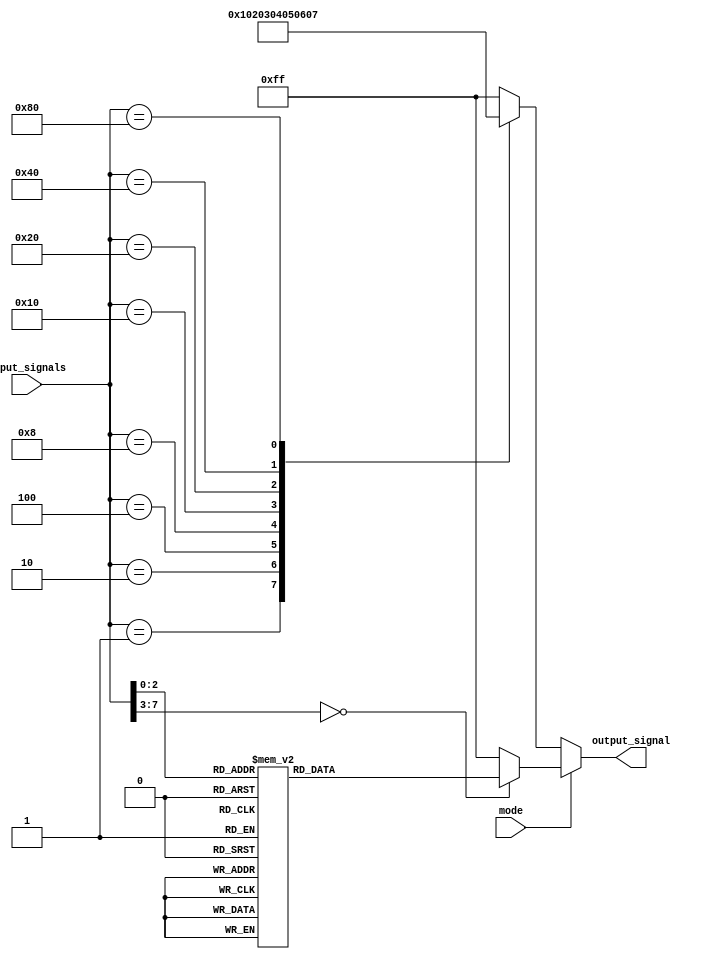
module Priority_Encoder_Decoder (
    input [7:0] input_signals,
    input mode,
    output reg [7:0] output_signal
);

always @ (input_signals or mode) begin
    if (mode == 1'b0) begin // Priority Encoding Mode
        case (input_signals)
            8'b00000001: output_signal = 8'b00000000;
            8'b00000010: output_signal = 8'b00000001; 
            8'b00000100: output_signal = 8'b00000010;
            8'b00001000: output_signal = 8'b00000011;
            8'b00010000: output_signal = 8'b00000100;
            8'b00100000: output_signal = 8'b00000101;
            8'b01000000: output_signal = 8'b00000110;
            8'b10000000: output_signal = 8'b00000111;
            default: output_signal = 8'b11111111;
        endcase
    end 
    else begin // Decoding Mode
        case (input_signals)
            8'b00000000: output_signal = 8'b00000001;
            8'b00000001: output_signal = 8'b00000010;
            8'b00000010: output_signal = 8'b00000100;
            8'b00000011: output_signal = 8'b00001000;
            8'b00000100: output_signal = 8'b00010000;
            8'b00000101: output_signal = 8'b00100000;
            8'b00000110: output_signal = 8'b01000000;
            8'b00000111: output_signal = 8'b10000000;
            default: output_signal = 8'b11111111;
        endcase
    end
end

endmodule